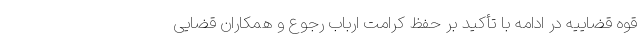
قوه قضاییه در ادامه با تأکید بر حفظ کرامت ارباب رجوع و همکاران قضایی